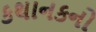
કથાનકનો